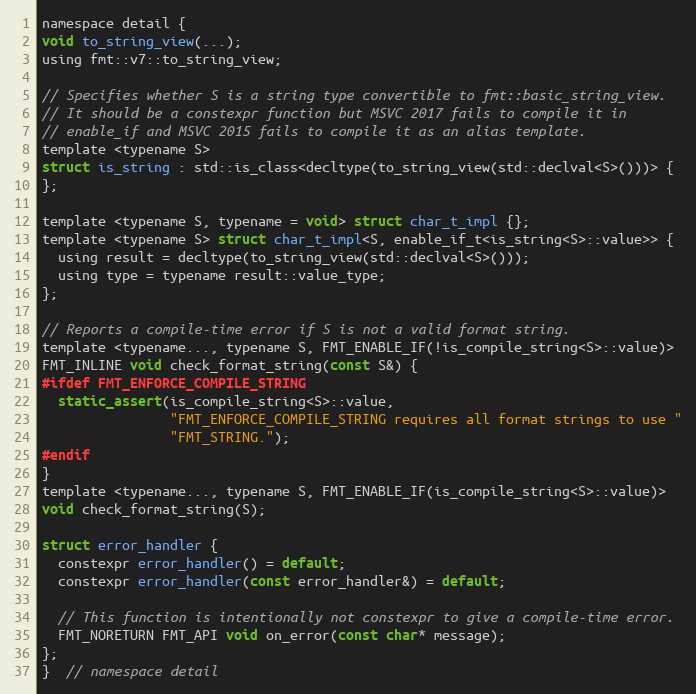
Language: C
namespace detail {
void to_string_view(...);
using fmt::v7::to_string_view;

// Specifies whether S is a string type convertible to fmt::basic_string_view.
// It should be a constexpr function but MSVC 2017 fails to compile it in
// enable_if and MSVC 2015 fails to compile it as an alias template.
template <typename S>
struct is_string : std::is_class<decltype(to_string_view(std::declval<S>()))> {
};

template <typename S, typename = void> struct char_t_impl {};
template <typename S> struct char_t_impl<S, enable_if_t<is_string<S>::value>> {
  using result = decltype(to_string_view(std::declval<S>()));
  using type = typename result::value_type;
};

// Reports a compile-time error if S is not a valid format string.
template <typename..., typename S, FMT_ENABLE_IF(!is_compile_string<S>::value)>
FMT_INLINE void check_format_string(const S&) {
#ifdef FMT_ENFORCE_COMPILE_STRING
  static_assert(is_compile_string<S>::value,
                "FMT_ENFORCE_COMPILE_STRING requires all format strings to use "
                "FMT_STRING.");
#endif
}
template <typename..., typename S, FMT_ENABLE_IF(is_compile_string<S>::value)>
void check_format_string(S);

struct error_handler {
  constexpr error_handler() = default;
  constexpr error_handler(const error_handler&) = default;

  // This function is intentionally not constexpr to give a compile-time error.
  FMT_NORETURN FMT_API void on_error(const char* message);
};
}  // namespace detail